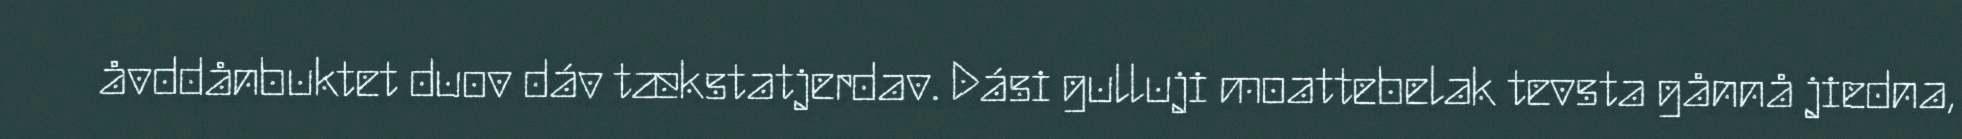
åvddånbuktet duov dáv tækstatjerdav. Dási gulluji moattebelak tevsta gånnå jiedna,